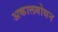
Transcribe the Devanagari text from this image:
अकालबोधन